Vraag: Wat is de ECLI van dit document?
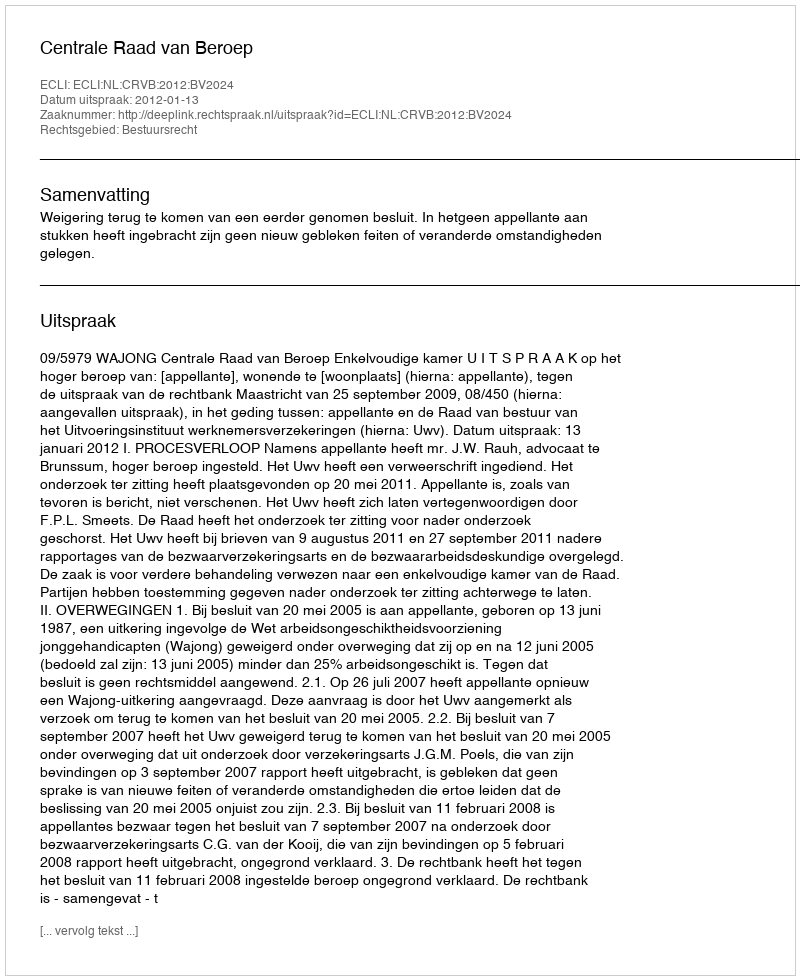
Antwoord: ECLI:NL:CRVB:2012:BV2024